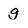
Character: g